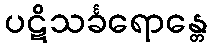
ပဋိသင်္ခရောန္တေ